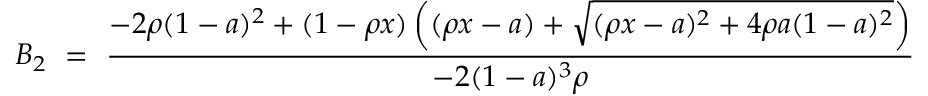
B _ { 2 } \ = \ { \displaystyle { \frac { - 2 \rho ( 1 - a ) ^ { 2 } + ( 1 - \rho x ) \left( ( \rho x - a ) + \sqrt { ( \rho x - a ) ^ { 2 } + 4 \rho a ( 1 - a ) ^ { 2 } } \right) } { - 2 ( 1 - a ) ^ { 3 } \rho } } } \nonumber